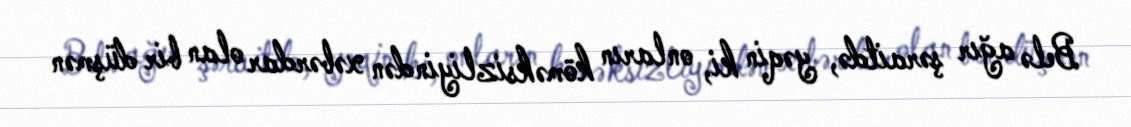
Belə ağır şəraitdə, yəqin ki, onların köməksizliyindən xəbərdar olan bir düşmən